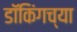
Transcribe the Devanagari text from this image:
डॉकिंगच्या